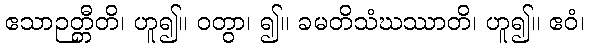
ဧသာဉတ္တီတိ၊ ဟူ၍။ ဝတွာ၊ ၍။ ခမတိသံဃဿာတိ၊ ဟူ၍။ ဧဝံ၊